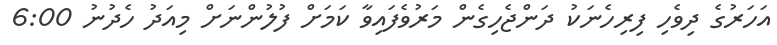
އަހަރުގެ ދިވެހި ފިރިހެނަކު ދަންޖެހިގެން މަރުވެފައިވާ ކަމަށް ފުލުުންނަށް މިއަދު ހެދުނު 6:00